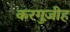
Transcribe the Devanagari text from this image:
करगुज़ीह